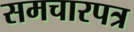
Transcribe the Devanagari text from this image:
समचारपत्र